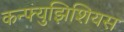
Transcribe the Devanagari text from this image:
कन्फ्युझिशियस